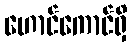
ဟောင်ကောင်ရှိ